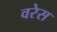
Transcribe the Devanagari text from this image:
वरेस